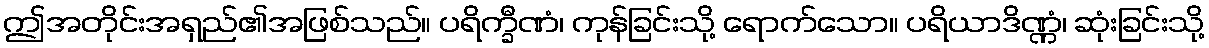
ဤအတိုင်းအရှည်၏အဖြစ်သည်။ ပရိက္ခီဏံ၊ ကုန်ခြင်းသို့ ရောက်သော။ ပရိယာဒိဏ္ဏံ၊ ဆုံးခြင်းသို့